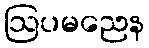
ဩပမညေန